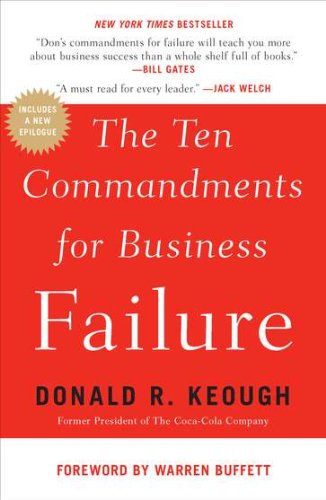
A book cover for The Ten Commandments for Business Failure; Donald R. Keough; Cookbooks, Food & Wine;